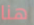
هنا